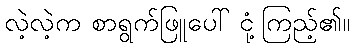
လဲ့လဲ့က စာရွက်ဖြူပေါ် ငုံ့ကြည့်၏။